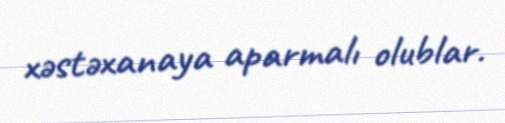
xəstəxanaya aparmalı olublar.